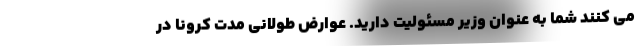
می کنند شما به عنوان وزیر مسئولیت دارید. عوارض طولانی مدت کرونا در